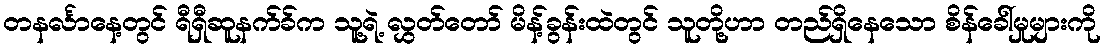
တနင်္လာနေ့တွင် ရီရှီဆူနက်ခ်က သူ့ရဲ့ လွှတ်တော် မိန့်ခွန်းထဲတွင် သူတို့ဟာ တည်ရှိနေသော စိန်ခေါ်မှုများကို